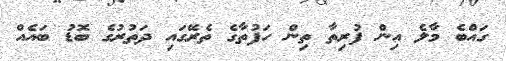
ގައްބެ މާލެ އިން ފުރިތާ ތިން ހަފުތާގެ ތެރޭގައި ދަތުރުގެ ބޮޑު ބައެއް